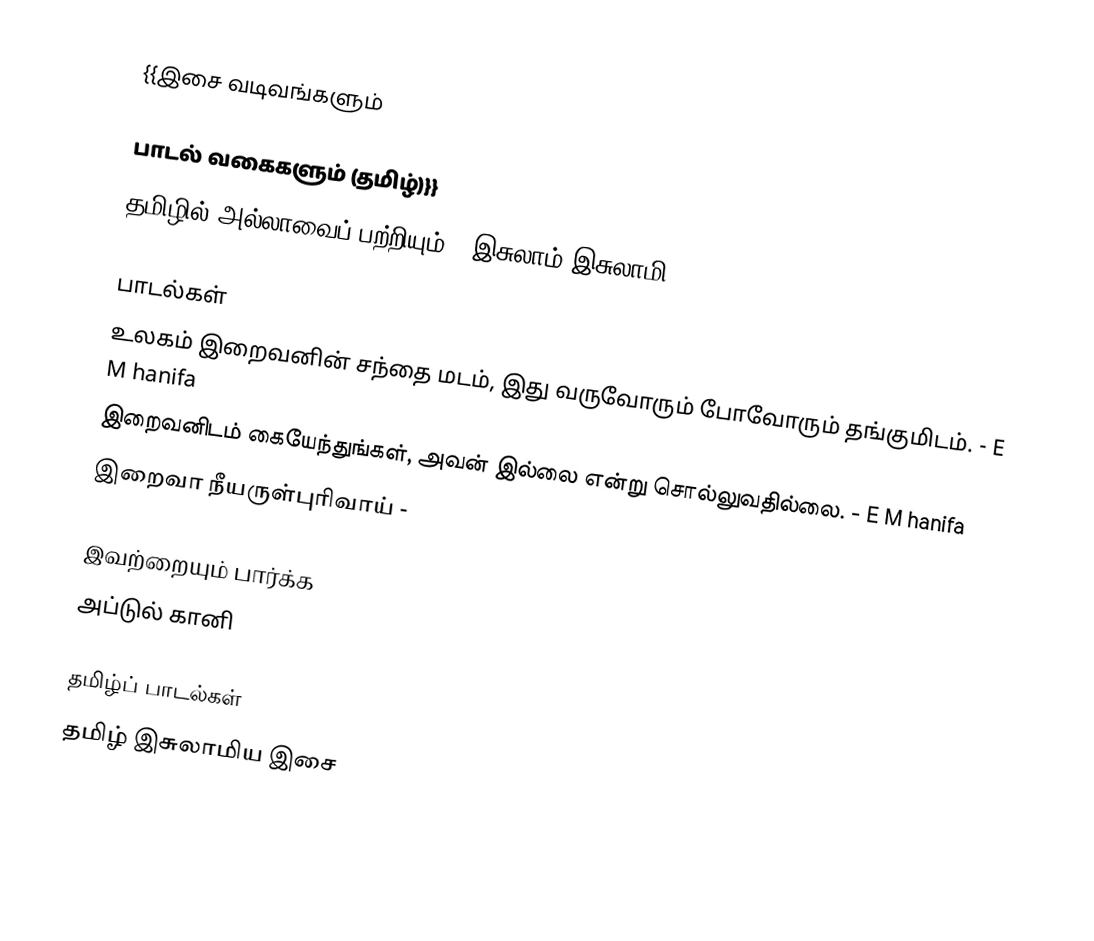
{{இசை வடிவங்களும்

பாடல் வகைகளும் (தமிழ்)}}
தமிழில் அல்லாவைப் பற்றியும் [[இசுலாம்|இசுலாமி

பாடல்கள்
 உலகம் இறைவனின் சந்தை மடம், இது வருவோரும் போவோரும் தங்குமிடம். - E M hanifa
 இறைவனிடம் கையேந்துங்கள், அவன் இல்லை என்று சொல்லுவதில்லை. -  E M hanifa
 இறைவா நீயருள்புரிவாய் -

இவற்றையும் பார்க்க
 அப்டுல் கானி

தமிழ்ப் பாடல்கள்
தமிழ் இசுலாமிய இசை